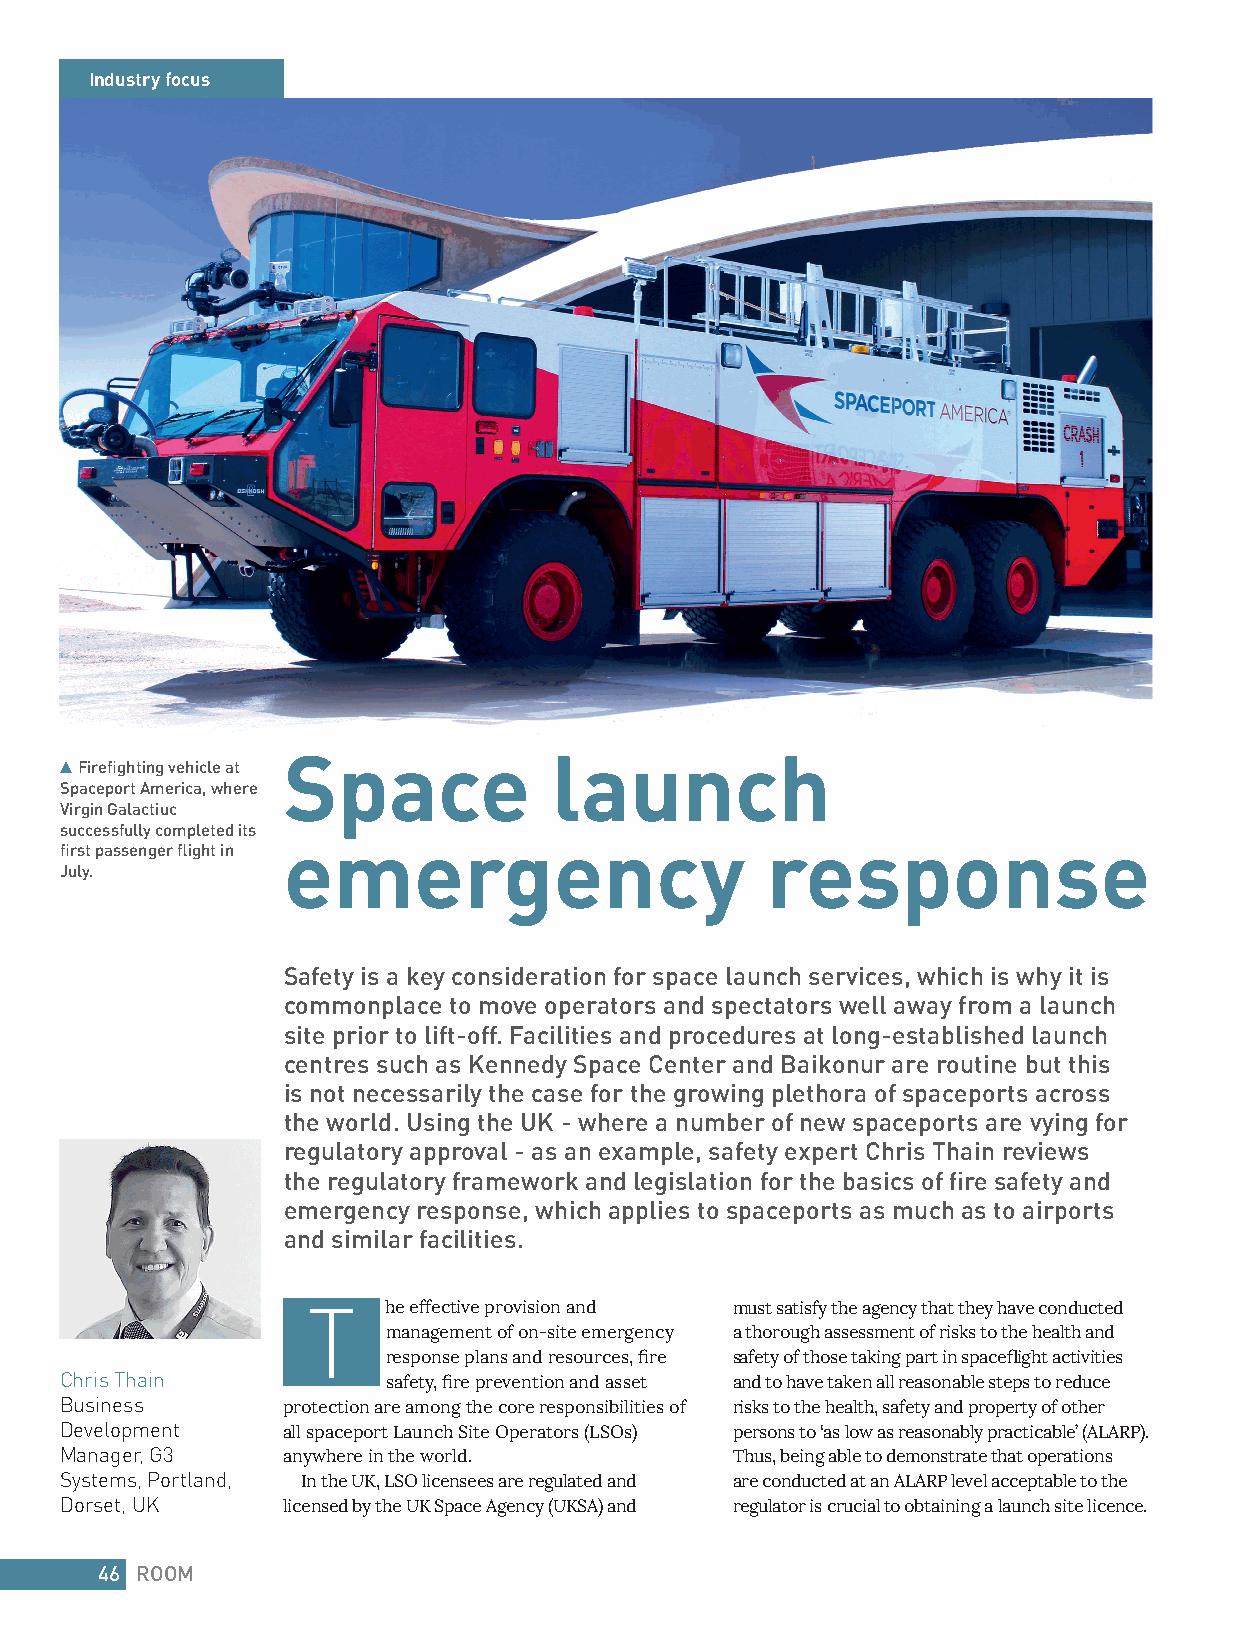
Industry focus
 Space            launch
 Firefi ghting vehicle at
 Spaceport America, where
 Virgin Galactiuc
 successfully completed its
 fi rst passenger fl ight in emergency          response
 July.
 Safety is a key consideration for space launch services, which is why it is
 commonplace to move operators and spectators well away from a launch
 site prior to lift-off. Facilities and procedures at long-established launch
 centres such as Kennedy Space Center and Baikonur are routine but this
 is not necessarily the case for the growing plethora of spaceports across
 the world. Using the UK - where a number of new spaceports are vying for
 regulatory approval - as an example, safety expert Chris Thain reviews
 the regulatory framework and legislation for the basics of fi re safety and
 emergency response, which applies to spaceports as much as to airports
 and similar facilities.
 T    he effective provision and must satisfy the agency that they have conducted
 management of on-site emergency a thorough assessment of risks to the health and
 response plans and resources, fi re safety of those taking part in spacefl ight activities
 Chris Thain           safety, fi re prevention and asset and to have taken all reasonable steps to reduce
 Business       protection are among the core responsibilities of risks to the health, safety and property of other
 Development    all spaceport Launch Site Operators (LSOs) persons to ‘as low as reasonably practicable’ (ALARP).
 Manager, G3    anywhere in the world.       Thus, being able to demonstrate that operations
 Systems, Portland, In the UK, LSO licensees are regulated and are conducted at an ALARP level acceptable to the
 Dorset, UK     licensed by the UK Space Agency (UKSA) and regulator is crucial to obtaining a launch site licence.
 46 ROOM